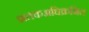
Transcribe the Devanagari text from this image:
शतकअधिक्रमित